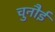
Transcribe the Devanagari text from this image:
चुनौई